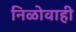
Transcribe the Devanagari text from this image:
निळोवाही